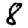
Digit: 8